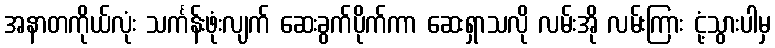
အနာတကိုယ်လုံး သင်္ကန်းဖုံးလျက် ဆေးခွက်ပိုက်ကာ ဆေးရှာသလို လမ်းအို လမ်းကြား ငုံ့သွားပါမှ